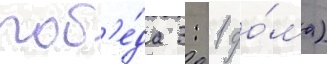
поб'е́да 3: 1 до́ма)